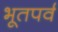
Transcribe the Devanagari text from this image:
भूतपर्व